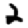
Digit: 2